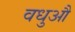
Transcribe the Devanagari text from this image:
वधुऔ